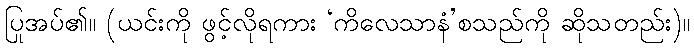
ပြုအပ်၏။ (ယင်းကို ဖွင့်လိုရကား ‘ကိလေသာနံ’စသည်ကို ဆိုသတည်း)။